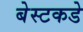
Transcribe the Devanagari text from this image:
बेस्टकडे